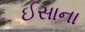
ઈસાના